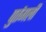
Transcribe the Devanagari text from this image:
पुर्तगली